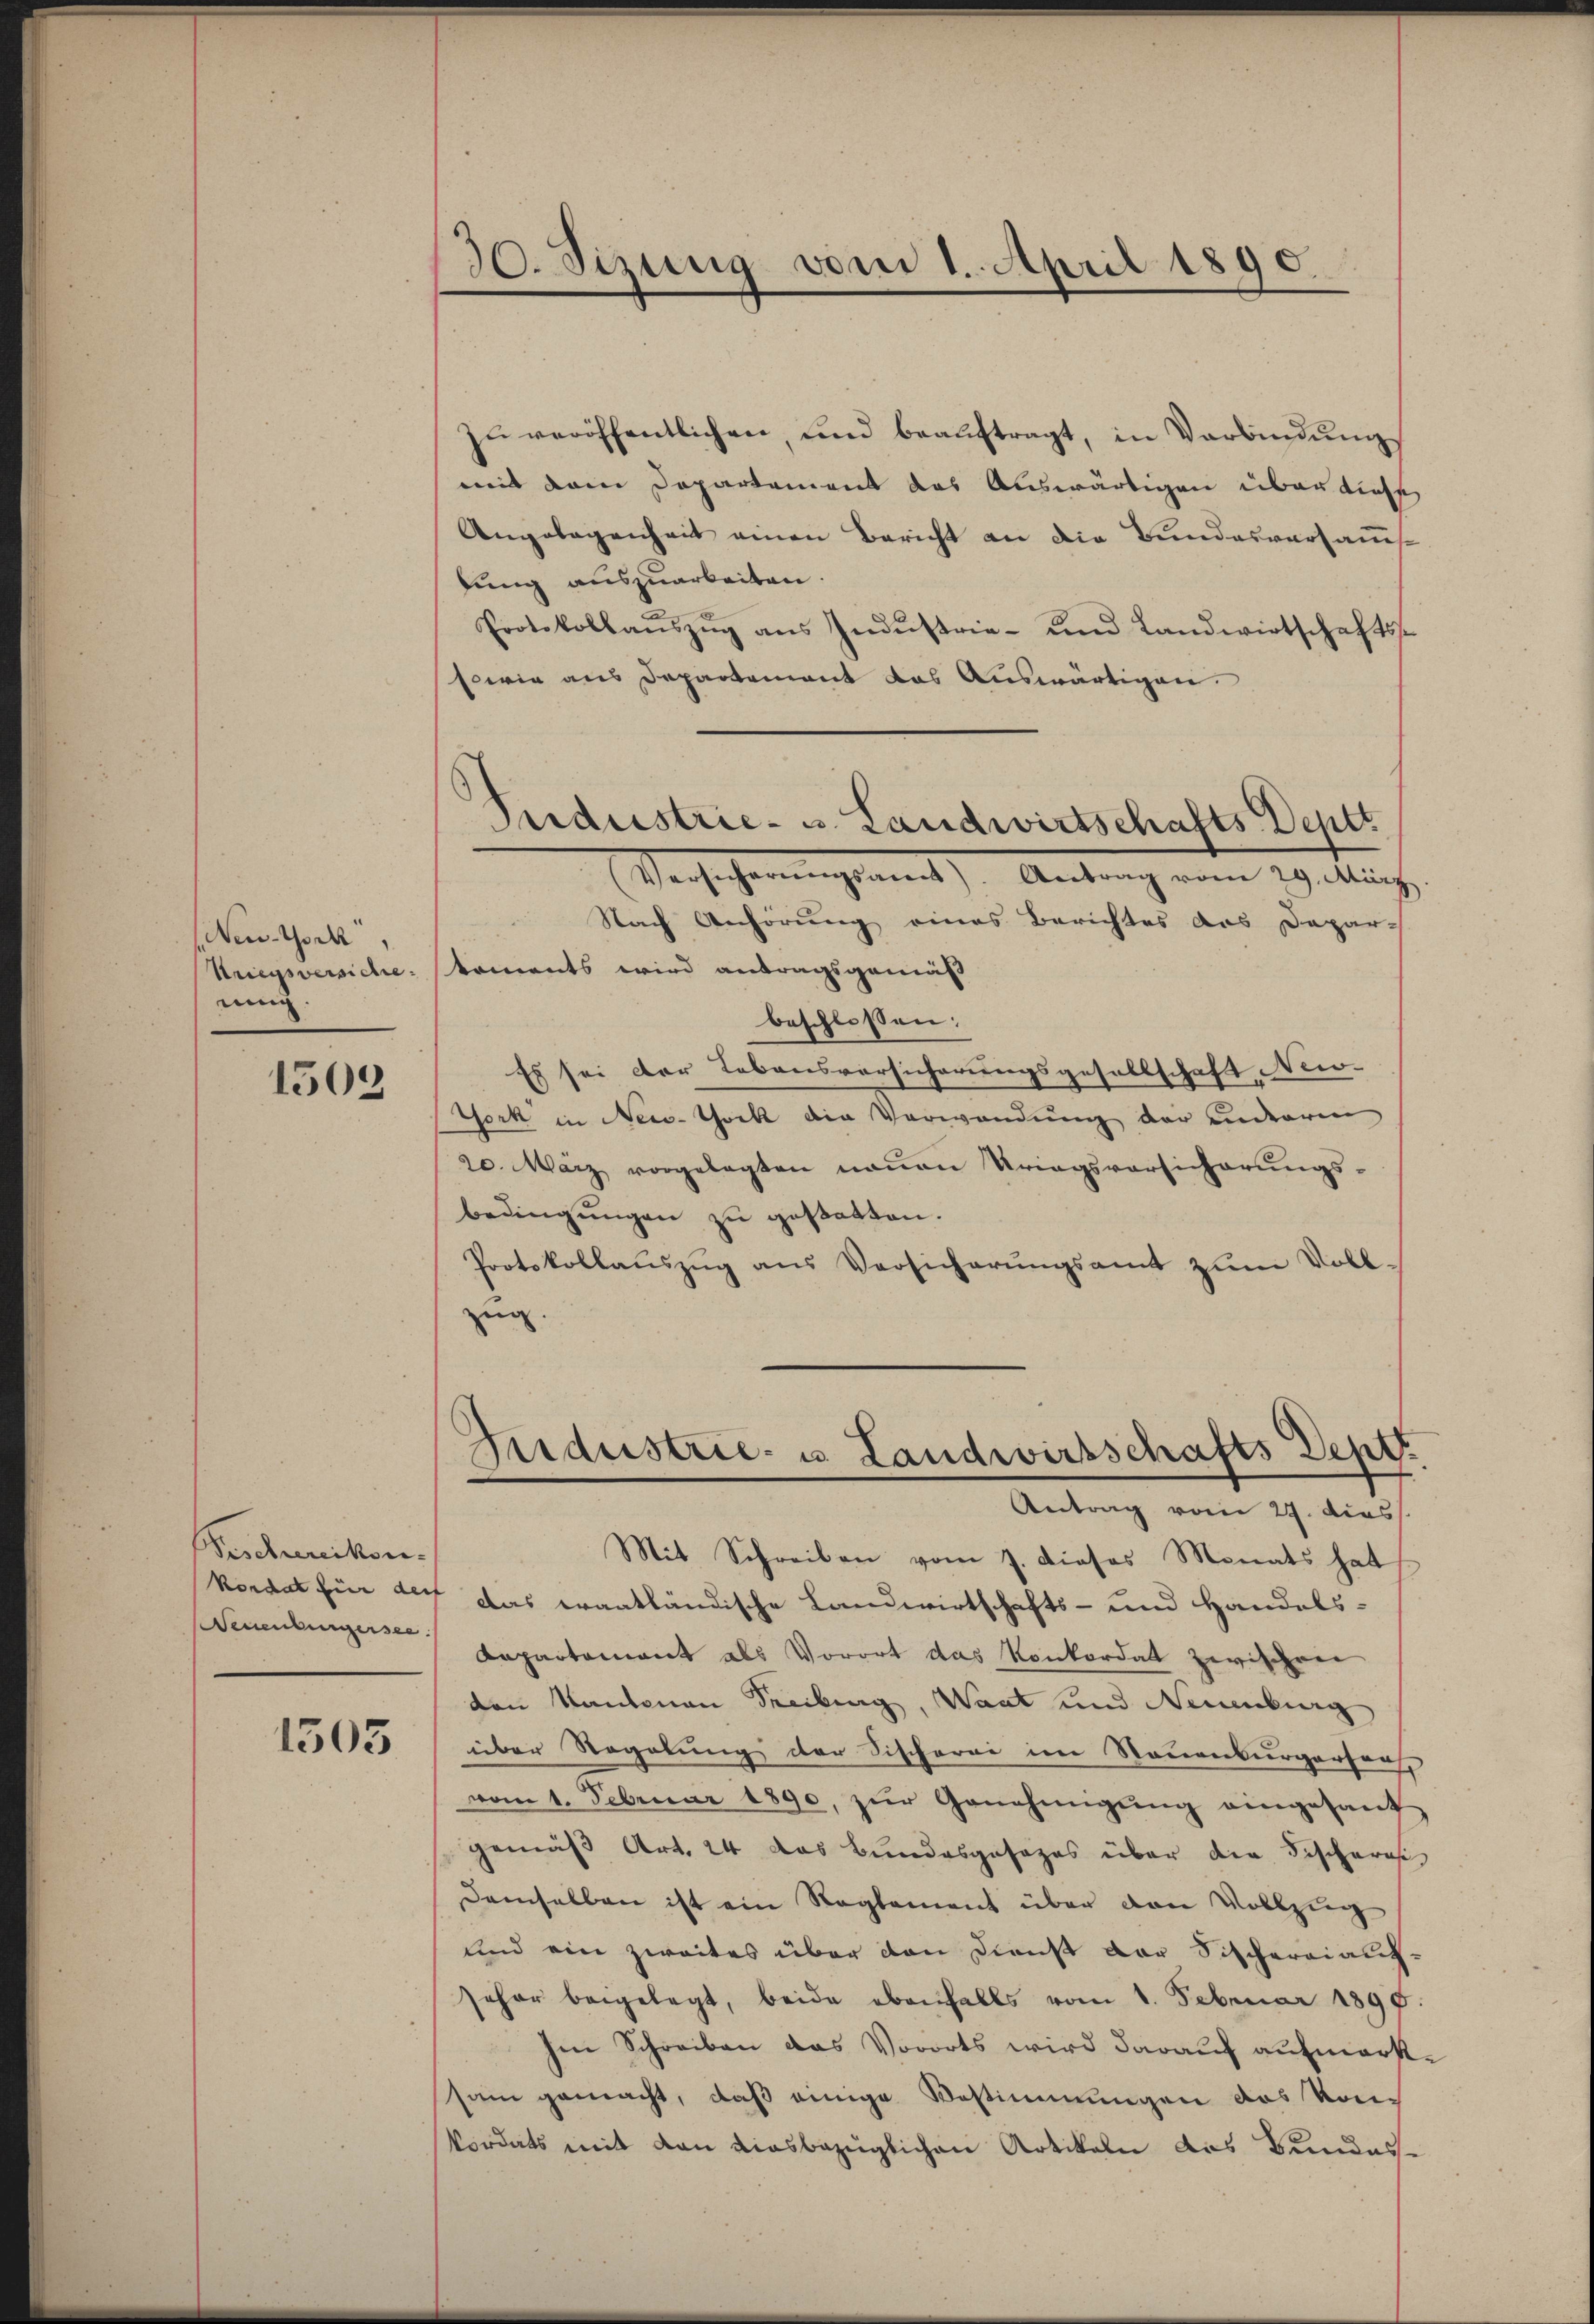
Neusch,
nung.

1509

Pescherikon.
Teuenburgersee.

1505

30. Sizung vom 1. April 1890.

zŭ veröffentlichen, und beaŭftragt, in Verbindŭng
mit dem Departement das Auswärtigen über diese
Angelegenheit einen Bericht an die Bundesversauslung auszuarbeiten.
Protokollaŭszŭg ans Indŭstrie- und Landwirtschaftsse
sowie aus Departement das Auswärtigen.
Versicherŭngsamt). Antrag vom 29. März.
Nach Anhörung eines Berichtes das Depar¬
Kriegsversiche koments wird antragsgemäß
beschlossen:
Es sei der Lebensversicherungsgesellschaft Nir-
York in New-York die Verwendung der anderren
20. März vorgelegten neuen Kriegsvorsicherungs-
bedingungen zu gestatten.
Protokollaŭszŭg aŭs Versicherŭngsamt zŭm Voll-
zug.

Perdustrie- u. Landwirtschafts Deptt

Industrie- u. Landwirtschafts Deptt
Antrag vom 27. dies

Mit Schreiben vom 7. dieses Monats hat
kordat für der das trantländische Landwirtschafts- und Handels¬
Departamant als Vorort das Konkordat zwischen
den Kantonen Treiburg, Waat und Neuenburg
über Regelung der Fischerei im Neuenburgerfen,
vom 1. Februar 1890, zŭr Genehmigŭng eingesant
gemäß Art. 24 das Bundesgesezes über die Fischeris
demselben ist ein Reglement über den Vollzug
und ein zweites über den Dienst der Fischereiang-
seher beigelegt, beide ebenfalls vom 1. Februar 1897.
hen Schreiben das Vororts wird darauf aufmarksam gemacht, daß einige Bestimmungen das Kon-
kordats mit den diesbezüglichen Artikeln des Bundes¬